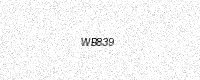
Text: WB839